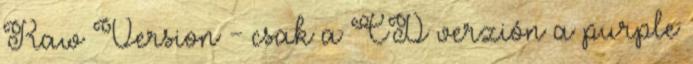
Raw Version - csak a CD verzión a purple